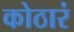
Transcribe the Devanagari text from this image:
कोठारं